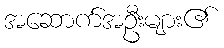
အဆောက်အဦးများ၏